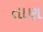
તાણ